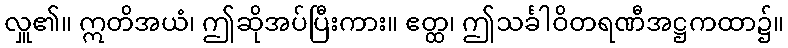
လှူ၏။ ဣတိအယံ၊ ဤဆိုအပ်ပြီးကား။ ဧတ္ထ၊ ဤသင်္ခါဝိတရဏီအဋ္ဌကထာ၌။